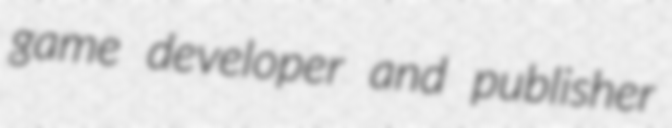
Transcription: game developer and publisher